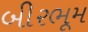
બીરભૂમ